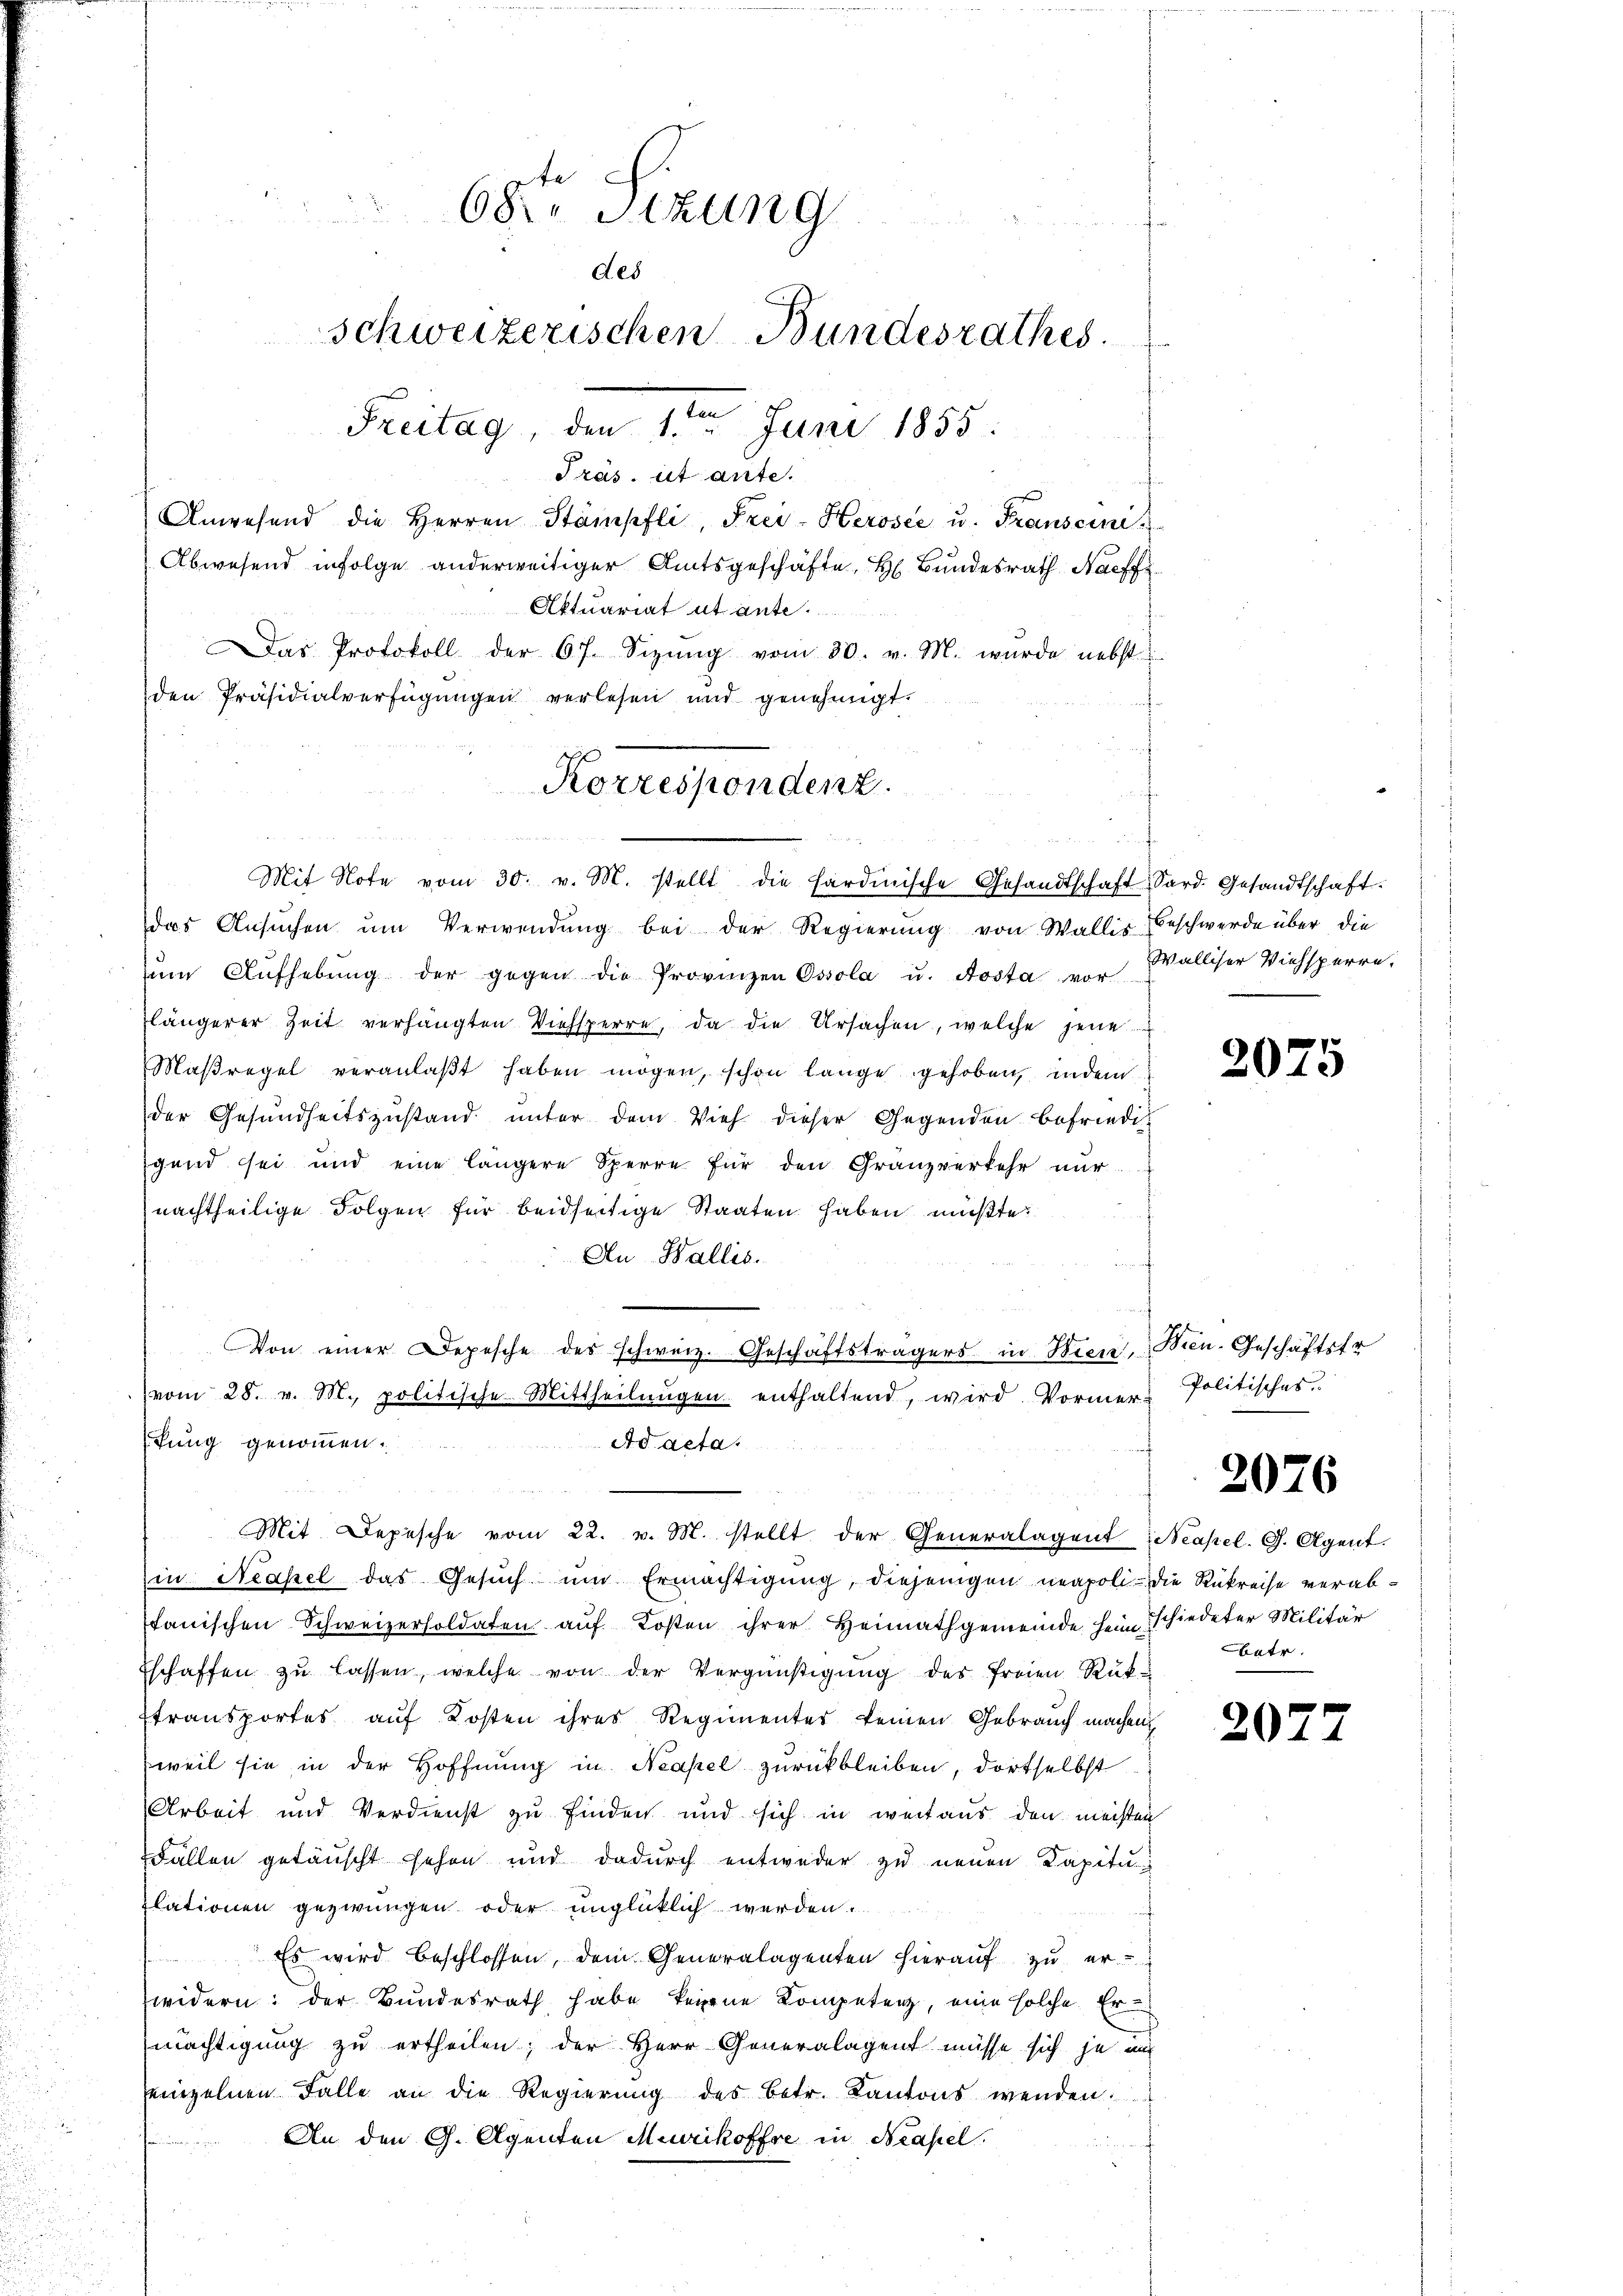
Anwesend die Herren Stämpfli, Frei-Herosee u. Transcini
Abwesend infolge anderweitiger Amtsgeschäfte H. Bundesrath Nachf
Aktuariat ut ante
Das Protokoll der 67. Sizŭng vom 30. v. M. wurde nebst
den Präsidialverfügungen verlesen und genehmigt.
das Ansŭchen ŭm Verwendung bei der Regierung von Wallis Beschwerde über die
ŭm Aŭfhebŭng der gegen die Provinzen Ossola u. Aosta vor Walliser Viehsperre,
flängerer Zeit verhängten Viehsperre, da die Ursachen, welche jene
Maßregel veranlaßt haben mögen, schon lange gehoben, indem
der Gesundheitszustand unter dem Vieh dieser Gegenden befriedigend sei und eine längere Sperre für den Granzverkehr nur
nachtheilige Folgen für beidseitige Staaten haben müßte.
An Wallis.
Von einer Depesche des schweiz. Geschäftsträgers in Wien, Bien-Geschäftsfr
vom 28. v. M., politische Mittheilungen enthaltend, wird Vormer-Politisches
fung genommen.
Ad acta.
Mit Depesche vom 22. v. M. stellt der Generalagent Neapel. G. Agent.
in Neapel das Gesuch um Ermächtigung, diejenigen neapoli- die Rükreise verabtanischen Schweizersoldaten auf Kosten ihrer Heimathgemeinde heim schiedeter Militär
Eschaffen zu lassen, welche von der Vergünstigung des freien Rüktransportes auf Kosten ihres Regimentes keinen Gebrauch machen
weil sie in der Hoffnung in Neapel zurückbleiben, dortselbst
Arbeit und Verdienst zu finden und sich in weitaus den meisten
Fällen getäuscht schon und dadurch entweder zu neuen Kapitu
lationen gezwungen oder unglücklich werden.
 Es wird beschlossen, dem Generalagenten hierauf zu erwidern: der Bundesrath habe keine Kompetenz, eine solche Ermächtigung zu ertheilen; der Herr Generalagent müsse sich je un
einzelnen Falle an die Regierung des Betr. Kantons wenden:
An den G. Agenten Merikoffre in Neapel.

. w
68te Sitzung
des
schweizerischen Bundesrathes.
Freitag, den 1ten Juni 1855.
Tras. ist ante.

Korrespondenz.
Mit Note vom 30. v. M. stellt die Hardmische Gesandtschaft Sard. Gesandtschaft.

2075

2076

batr.

20.